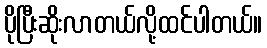
ပိုပြီးဆိုးလာတယ်လို့ထင်ပါတယ်။